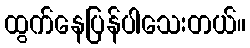
ထွက်နေပြန်ပါသေးတယ်။